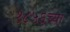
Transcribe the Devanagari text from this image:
१८५६च्या